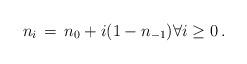
LaTeX: \begin{align*}n_i \,= \, n_0 + i (1-n_{-1}) \forall i\geq 0\, . \end{align*}